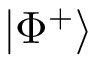
| \Phi ^ { + } \rangle